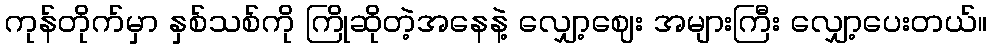
ကုန်တိုက်မှာ နှစ်သစ်ကို ကြိုဆိုတဲ့အနေနဲ့ လျှော့ဈေး အများကြီး လျှော့ပေးတယ်။